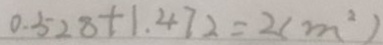
0 . 5 2 8 + 1 . 4 7 2 = 2 ( m ^ { 2 } )